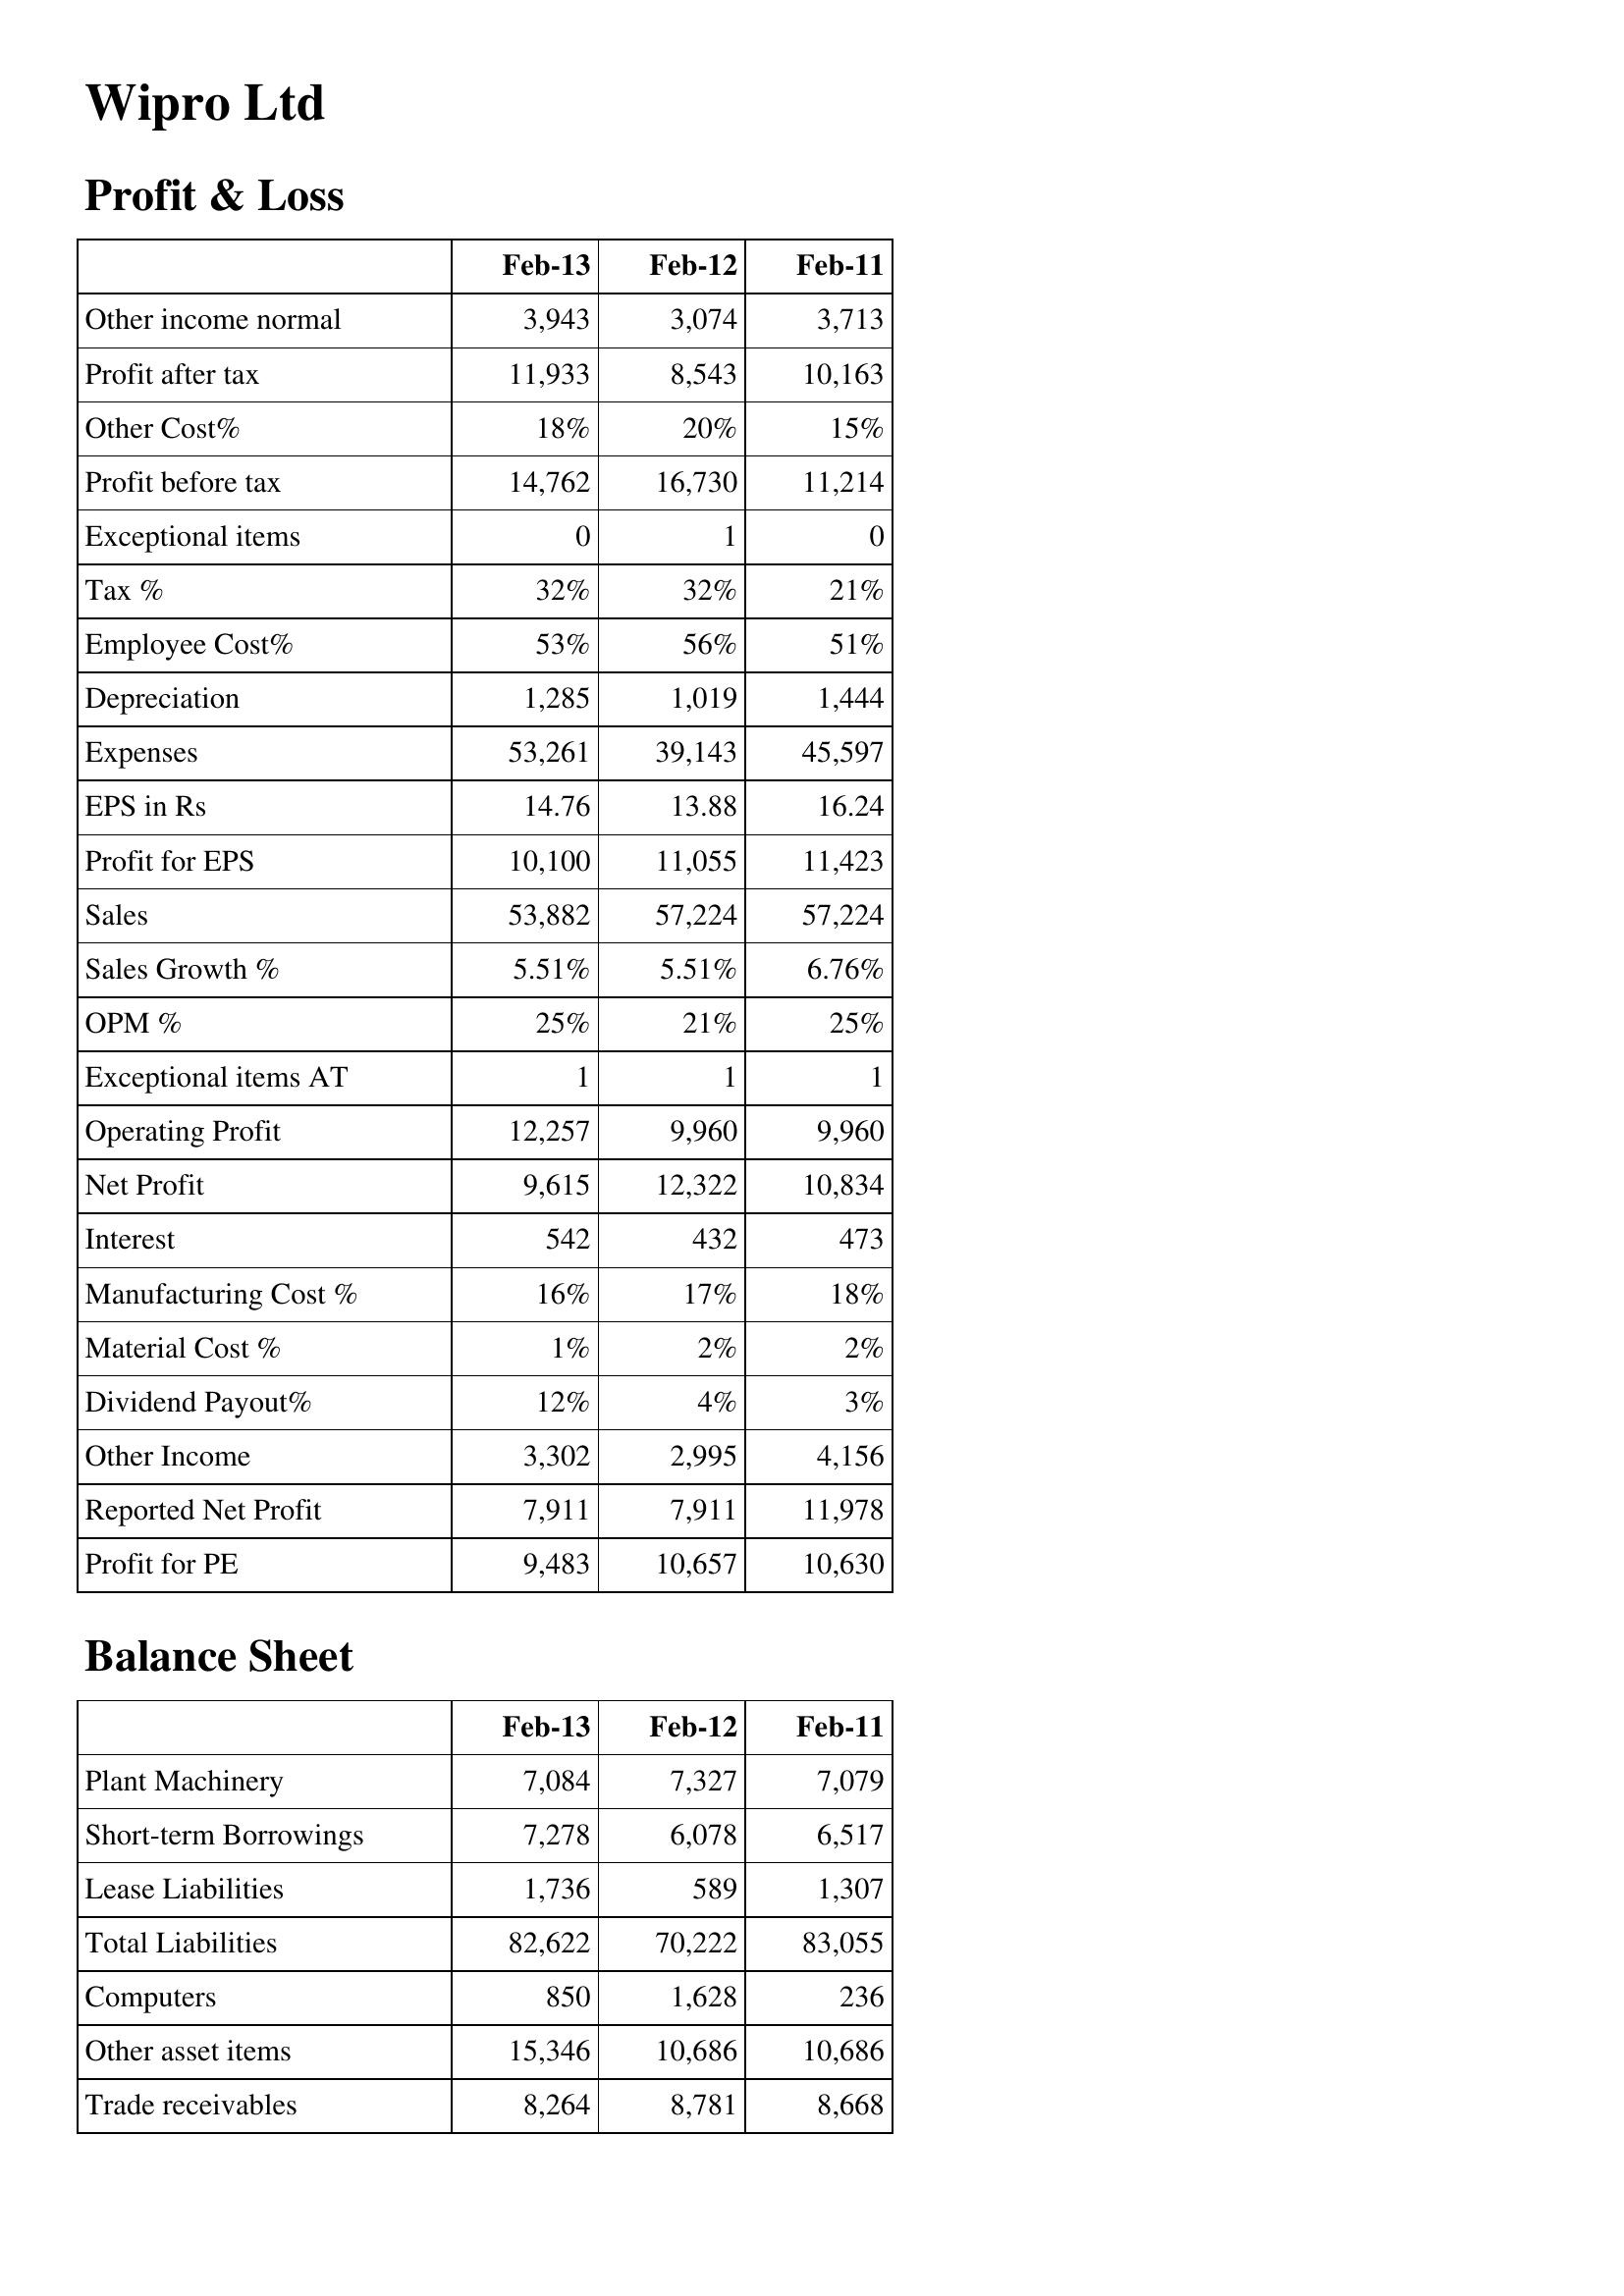
Feb-13: Profit & Loss: Other income normal: 3,943
Profit after tax: 11,933
Other Cost%: 18%
Profit before tax: 14,762
Exceptional items: 0
Tax %: 32%
Employee Cost%: 53%
Depreciation: 1,285
Expenses: 53,261
EPS in Rs: 14.76
Profit for EPS: 10,100
Sales: 53,882
Sales Growth %: 5.51%
OPM %: 25%
Exceptional items AT: 1
Operating Profit: 12,257
Net Profit: 9,615
Interest: 542
Manufacturing Cost %: 16%
Material Cost %: 1%
Dividend Payout%: 12%
Other Income: 3,302
Reported Net Profit: 7,911
Profit for PE: 9,483
Balance Sheet: Plant Machinery: 7,084
Short-term Borrowings: 7,278
Lease Liabilities: 1,736
Total Liabilities: 82,622
Computers: 850
Other asset items: 15,346
Trade receivables: 8,264
Feb-12: Profit & Loss: Other income normal: 3,074
Profit after tax: 8,543
Other Cost%: 20%
Profit before tax: 16,730
Exceptional items: 1
Tax %: 32%
Employee Cost%: 56%
Depreciation: 1,019
Expenses: 39,143
EPS in Rs: 13.88
Profit for EPS: 11,055
Sales: 57,224
Sales Growth %: 5.51%
OPM %: 21%
Exceptional items AT: 1
Operating Profit: 9,960
Net Profit: 12,322
Interest: 432
Manufacturing Cost %: 17%
Material Cost %: 2%
Dividend Payout%: 4%
Other Income: 2,995
Reported Net Profit: 7,911
Profit for PE: 10,657
Balance Sheet: Plant Machinery: 7,327
Short-term Borrowings: 6,078
Lease Liabilities: 589
Total Liabilities: 70,222
Computers: 1,628
Other asset items: 10,686
Trade receivables: 8,781
Feb-11: Profit & Loss: Other income normal: 3,713
Profit after tax: 10,163
Other Cost%: 15%
Profit before tax: 11,214
Exceptional items: 0
Tax %: 21%
Employee Cost%: 51%
Depreciation: 1,444
Expenses: 45,597
EPS in Rs: 16.24
Profit for EPS: 11,423
Sales: 57,224
Sales Growth %: 6.76%
OPM %: 25%
Exceptional items AT: 1
Operating Profit: 9,960
Net Profit: 10,834
Interest: 473
Manufacturing Cost %: 18%
Material Cost %: 2%
Dividend Payout%: 3%
Other Income: 4,156
Reported Net Profit: 11,978
Profit for PE: 10,630
Balance Sheet: Plant Machinery: 7,079
Short-term Borrowings: 6,517
Lease Liabilities: 1,307
Total Liabilities: 83,055
Computers: 236
Other asset items: 10,686
Trade receivables: 8,668